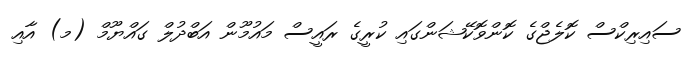
ސައިރިކްސް ކޮލެޖްގެ ކޮންވޮކޭޝަންގައި ކުރީގެ ރައީސް މައުމޫން އަބްދުލް ގައްޔޫމް (މ) އާއި